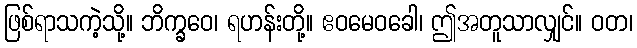
ဖြစ်ရာသကဲ့သို့။ ဘိက္ခဝေ၊ ရဟန်းတို့။ ဧဝမေဝခေါ၊ ဤအတူသာလျှင်။ ဝတ၊